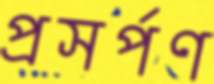
প্রসর্পণ